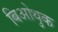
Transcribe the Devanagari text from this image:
बिओथुक